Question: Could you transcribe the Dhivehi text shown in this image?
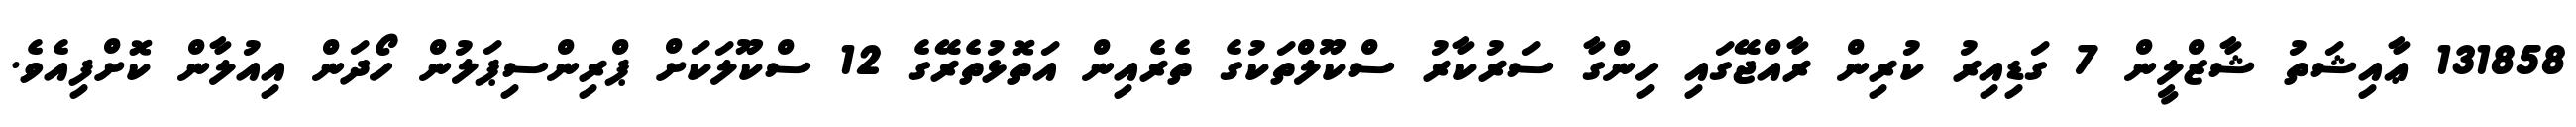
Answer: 131858 ޢާއިޝަތު ޝާޒްލީން 7 ގަޑިއިރު ކުރިން ރާއްޖޭގައި ހިންގާ ސަރުކާރު ސްކޫލްތަކުގެ ތެރެއިން އަތޮޅުތެރޭގެ 12 ސްކޫލަކަށް ޕްރިންސިޕަލުން ހޯދަން އިއުލާން ކޮށްފިއެވެ.